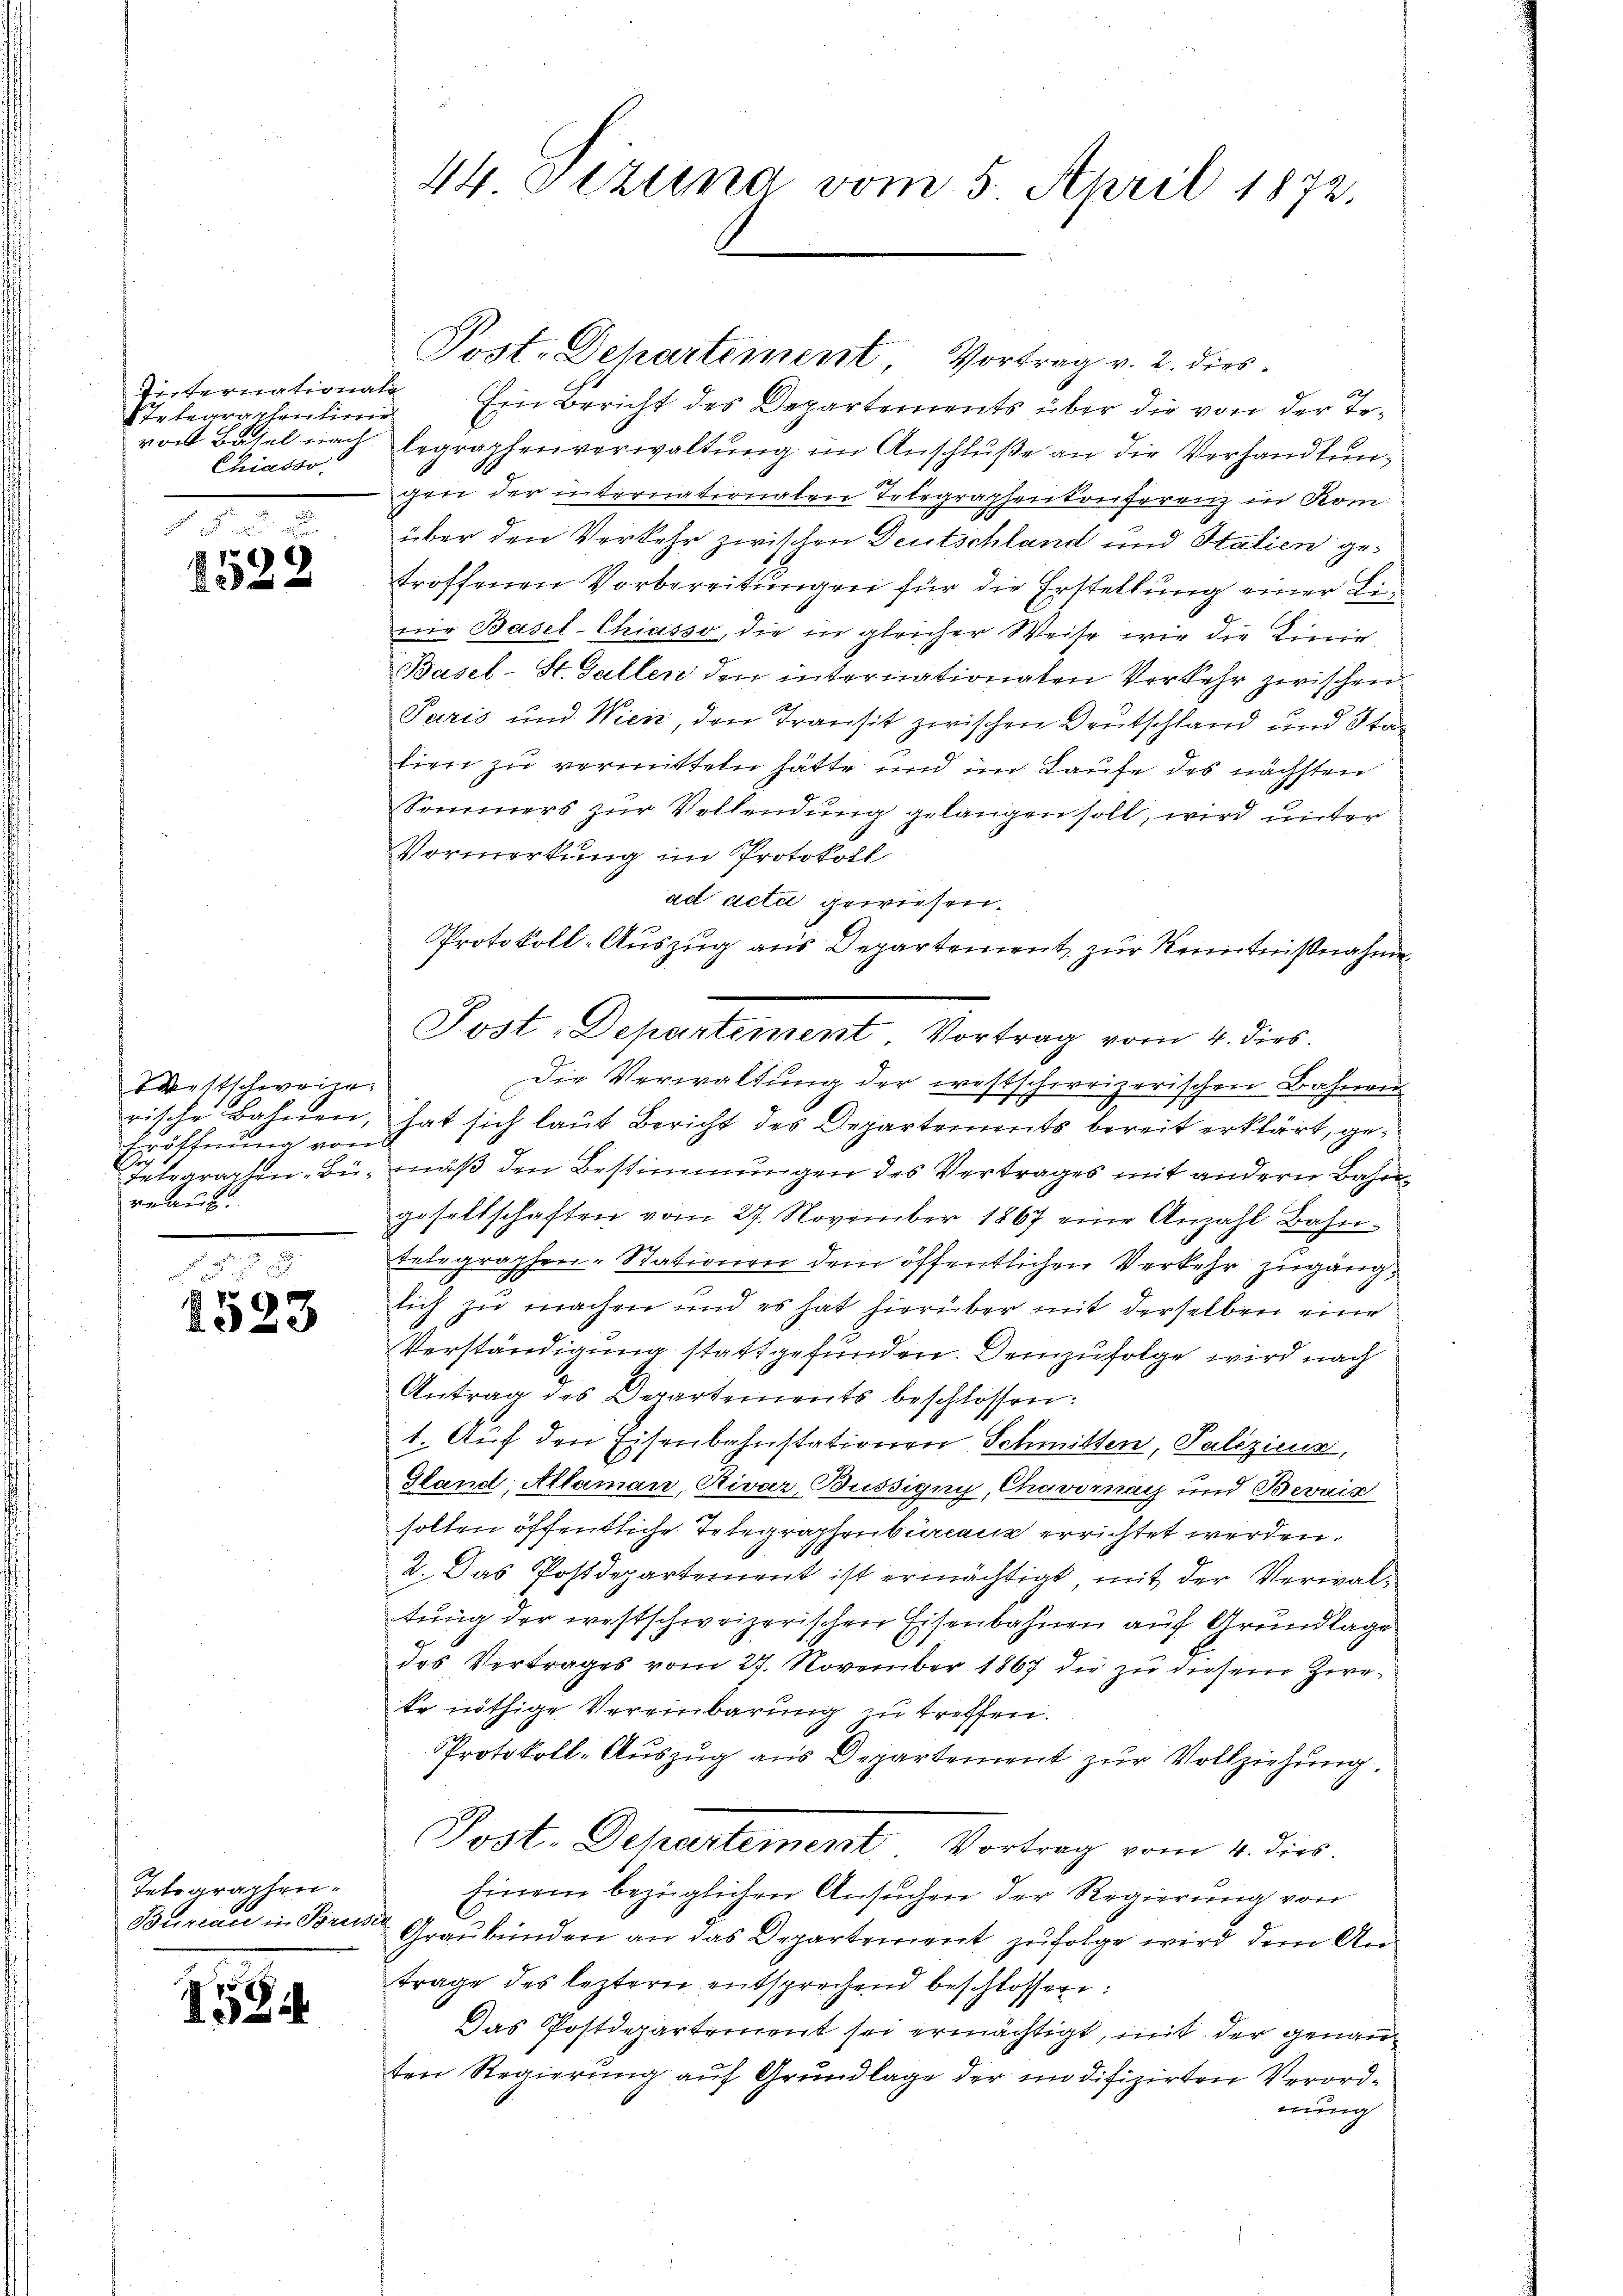
Internationale
Telegraphentinne
Chiasso,

1522

Westschweize
Eröffnung von
reau.
.

1523

Tetographen¬
Buriae in Bruder

1584

Post. Departement, Vortrag v. 2. dies
Ein Bericht des Departements über die von der Tovon Basel nach begraphenverwaltung im Anschluße an die Verhandlungen der internationalen Telegraphenkonferenz in Kom
über den Verkehr zwischen Deutschland und Stalien getroffenen Vorbereitungen für die Erstellung einer Linie Basel-Chiasso, die in gleicher Weise wie die Linie
Basel-St. Gallen den internationaten Verkehr zwischen
Paris und Wien, den Transit zwischen Deutschland und Stan
lien zu vermitteln hätte und im Laufe des nächsten
Sommers zur Vollendung gelangen soll, wird unter
Vormerkung im Protokoll
ad acti gewiesen.
Protokoll-Auszug aus Departement, zur Kenntnißnahme
Die Verwaltung der westschweizerischen Bahnen
rische Bahnen, hat sich laut Bericht des Departements bereit erklärt, ge¬
Telegraphen-Bü-mäß den Bestimmungen des Vertrages mit andern Bahngesellschaften vom 27. November 1867 eine Anzahl Bahn-
telegraphen-Stationen dem öffentlichen Verkehr zugänglich zu machen und es hat hierüber mit derselben eine
Verständigung stattgefunden. Demzufolge wird nach
Antrag des Departements beschlossen:
1. Auf den Eisenbahnstationen Schmitten, Palizien,
Stand, Alaman, Rivar, Büssigny, Chavornach und Bevais
sollen öffentliche Telegraphenbureau errichtet werden.
2. Das Postdepartement ist ermächtigt mit der Verwaltung der westschweizerischen Eisenbahnen auf Grundlage
des Vertrages vom 27. November 1867 die zu diesem Zwete nöthige Vereinbarung zu treffen.
Protokoll-Auszug aus Departement zur Vollziehung.
Post. Departement, Vortrag vom 4. dies
Einem bezüglichen Ansuchen der Regierung von
Graubünden an das Departement zufolge wird dem Antrage des leztern entsprechend beschlossen:
Das Postdepartement sei ermächtigt, mit der genau
ten Regierung auf Grundlage der modifizirten Verordnung

44. Sezung vom 5. April 1872.

Post-Departement Vortrag vom 4. dies